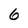
Character: 6